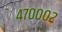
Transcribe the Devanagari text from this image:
४७०००२